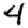
Digit: 4